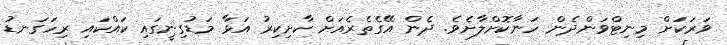
ވަރަކަށް މިނިޓްވަންދެން ހަނާކޮށްލާށެވެ. ދެން އޭގެތެރެއަށް ކާށިކިރު އަޅާ މަޑުގިނީގައި ކައްކައި ރިހަގަނޑު